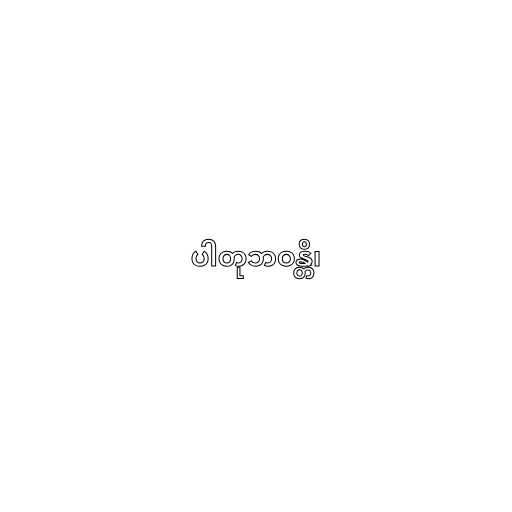
ပါတုဘဝန္တိ၊